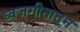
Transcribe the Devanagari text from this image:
ध्वजगीतातून